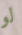
لو